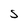
Character: S